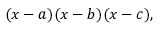
( x - a ) ( x - b ) ( x - c ) ,